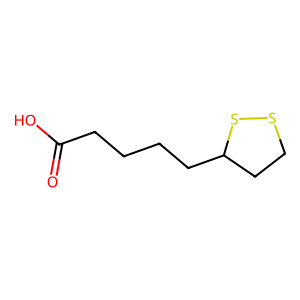
SMILES: O=C(O)CCCCC1CCSS1
Inhibits HIV replication: No